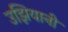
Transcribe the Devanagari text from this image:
उझियानी